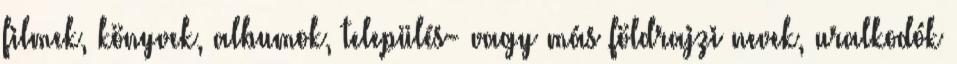
filmek, könyvek, albumok, település- vagy más földrajzi nevek, uralkodók